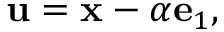
\mathbf { u } = \mathbf { x } - \alpha \mathbf { e } _ { 1 } ,